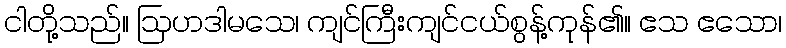
ငါတို့သည်။ ဩဟဒါမသေ၊ ကျင်ကြီးကျင်ငယ်စွန့်ကုန်၏။ ဧသ ဧသော၊